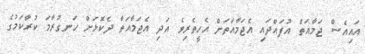
އައިއެސް ޖަމާއަތް އުފައްދައި އެޖަމާއަތަށް އެހީތެރިވެ އަދި އެޖަމާއަތާ ދެކޮޅަށް ހަނގުރާމަ ކުރާކަމުގެ